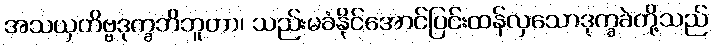
အသယှတိဗ္ဗဒုက္ခဘိဘူတာ၊ သည်းမခံနိုင်အောင်ပြင်းထန်လှသောဒုက္ခခဲတို့သည်